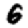
Digit: 6